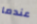
عندما